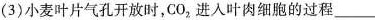
(3)小麦叶片气孔开放时，CO_{2|，进入叶肉细胞的过程___